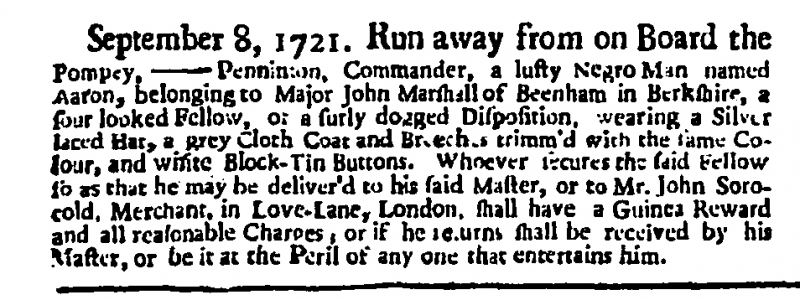
Daily Post, 15 September 1721 (England)
September 8, 1721. Run away from on Board the Pompey. – Penninton, Commander, a lusty Negro Man named Aaron, belonging to Major John Marshall of Beenham in Berkshire, a sour looked Fellow, of a surly dogged Disposition, wearing a Silver laced Hat, a grey Cloth Coat and Breeches trimm’d with the same Colour, and white Block-Tin Buttons. Whoever secures the said Fellow so as that he may be deliver’d to his said Master, or to Mr. John Sorocold, Merchant, in Love-Lane, London, shall have a Guinea Reward and all reasonable Charges, or if he returns shall be received by his Master, or be it at the Peril of any one that entertains him.